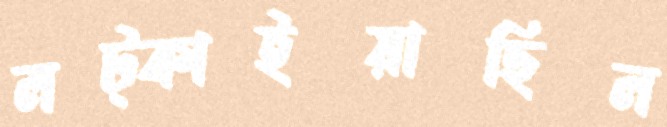
লট্‌কাইয়াছিল